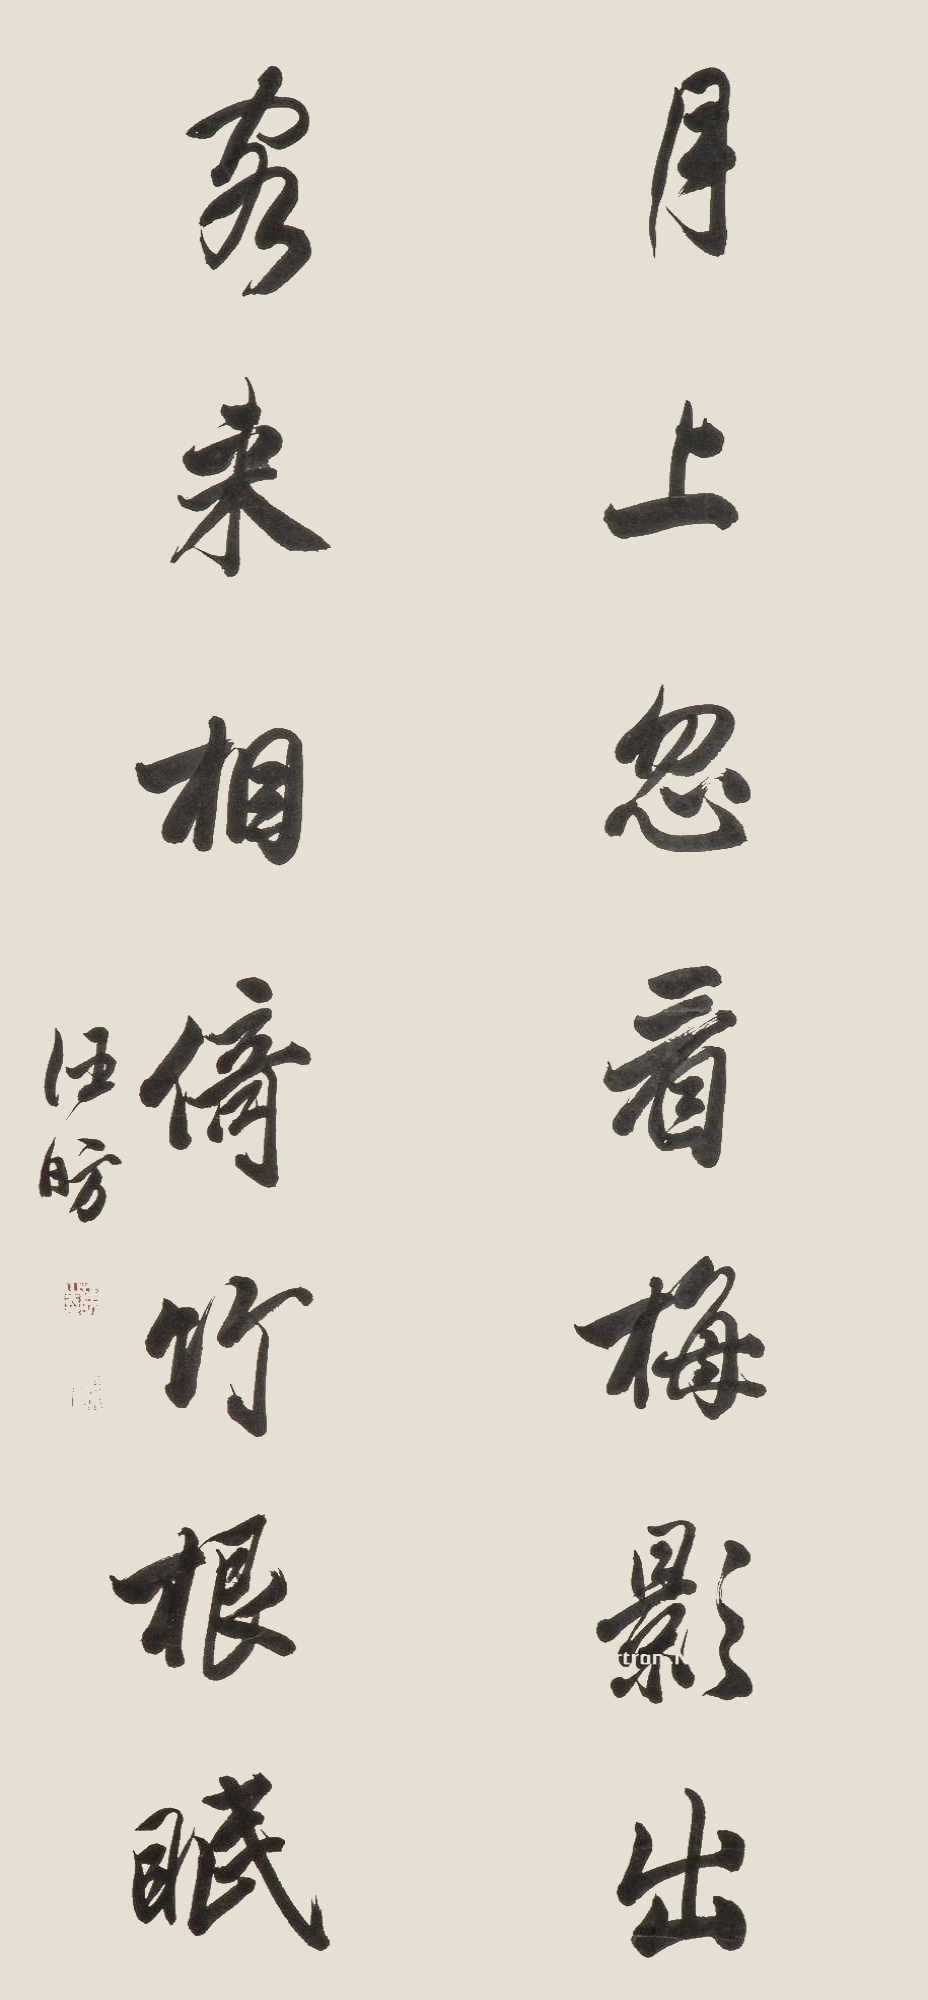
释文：月上忽看梅影出，客来相倚竹根眠。汪昉。